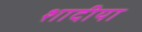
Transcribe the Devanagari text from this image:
शादीयाॅं